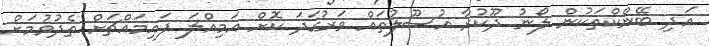
އަދި ބޭންކްތަކުން ލޯނު ދޫކުރާ އުސޫލުތައް ވަރުގަދަ ކޮށް އަމިއްލަ ފައިމައްޗަށް ތެދުވުމަށް